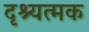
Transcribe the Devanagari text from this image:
दृश्यत्मक